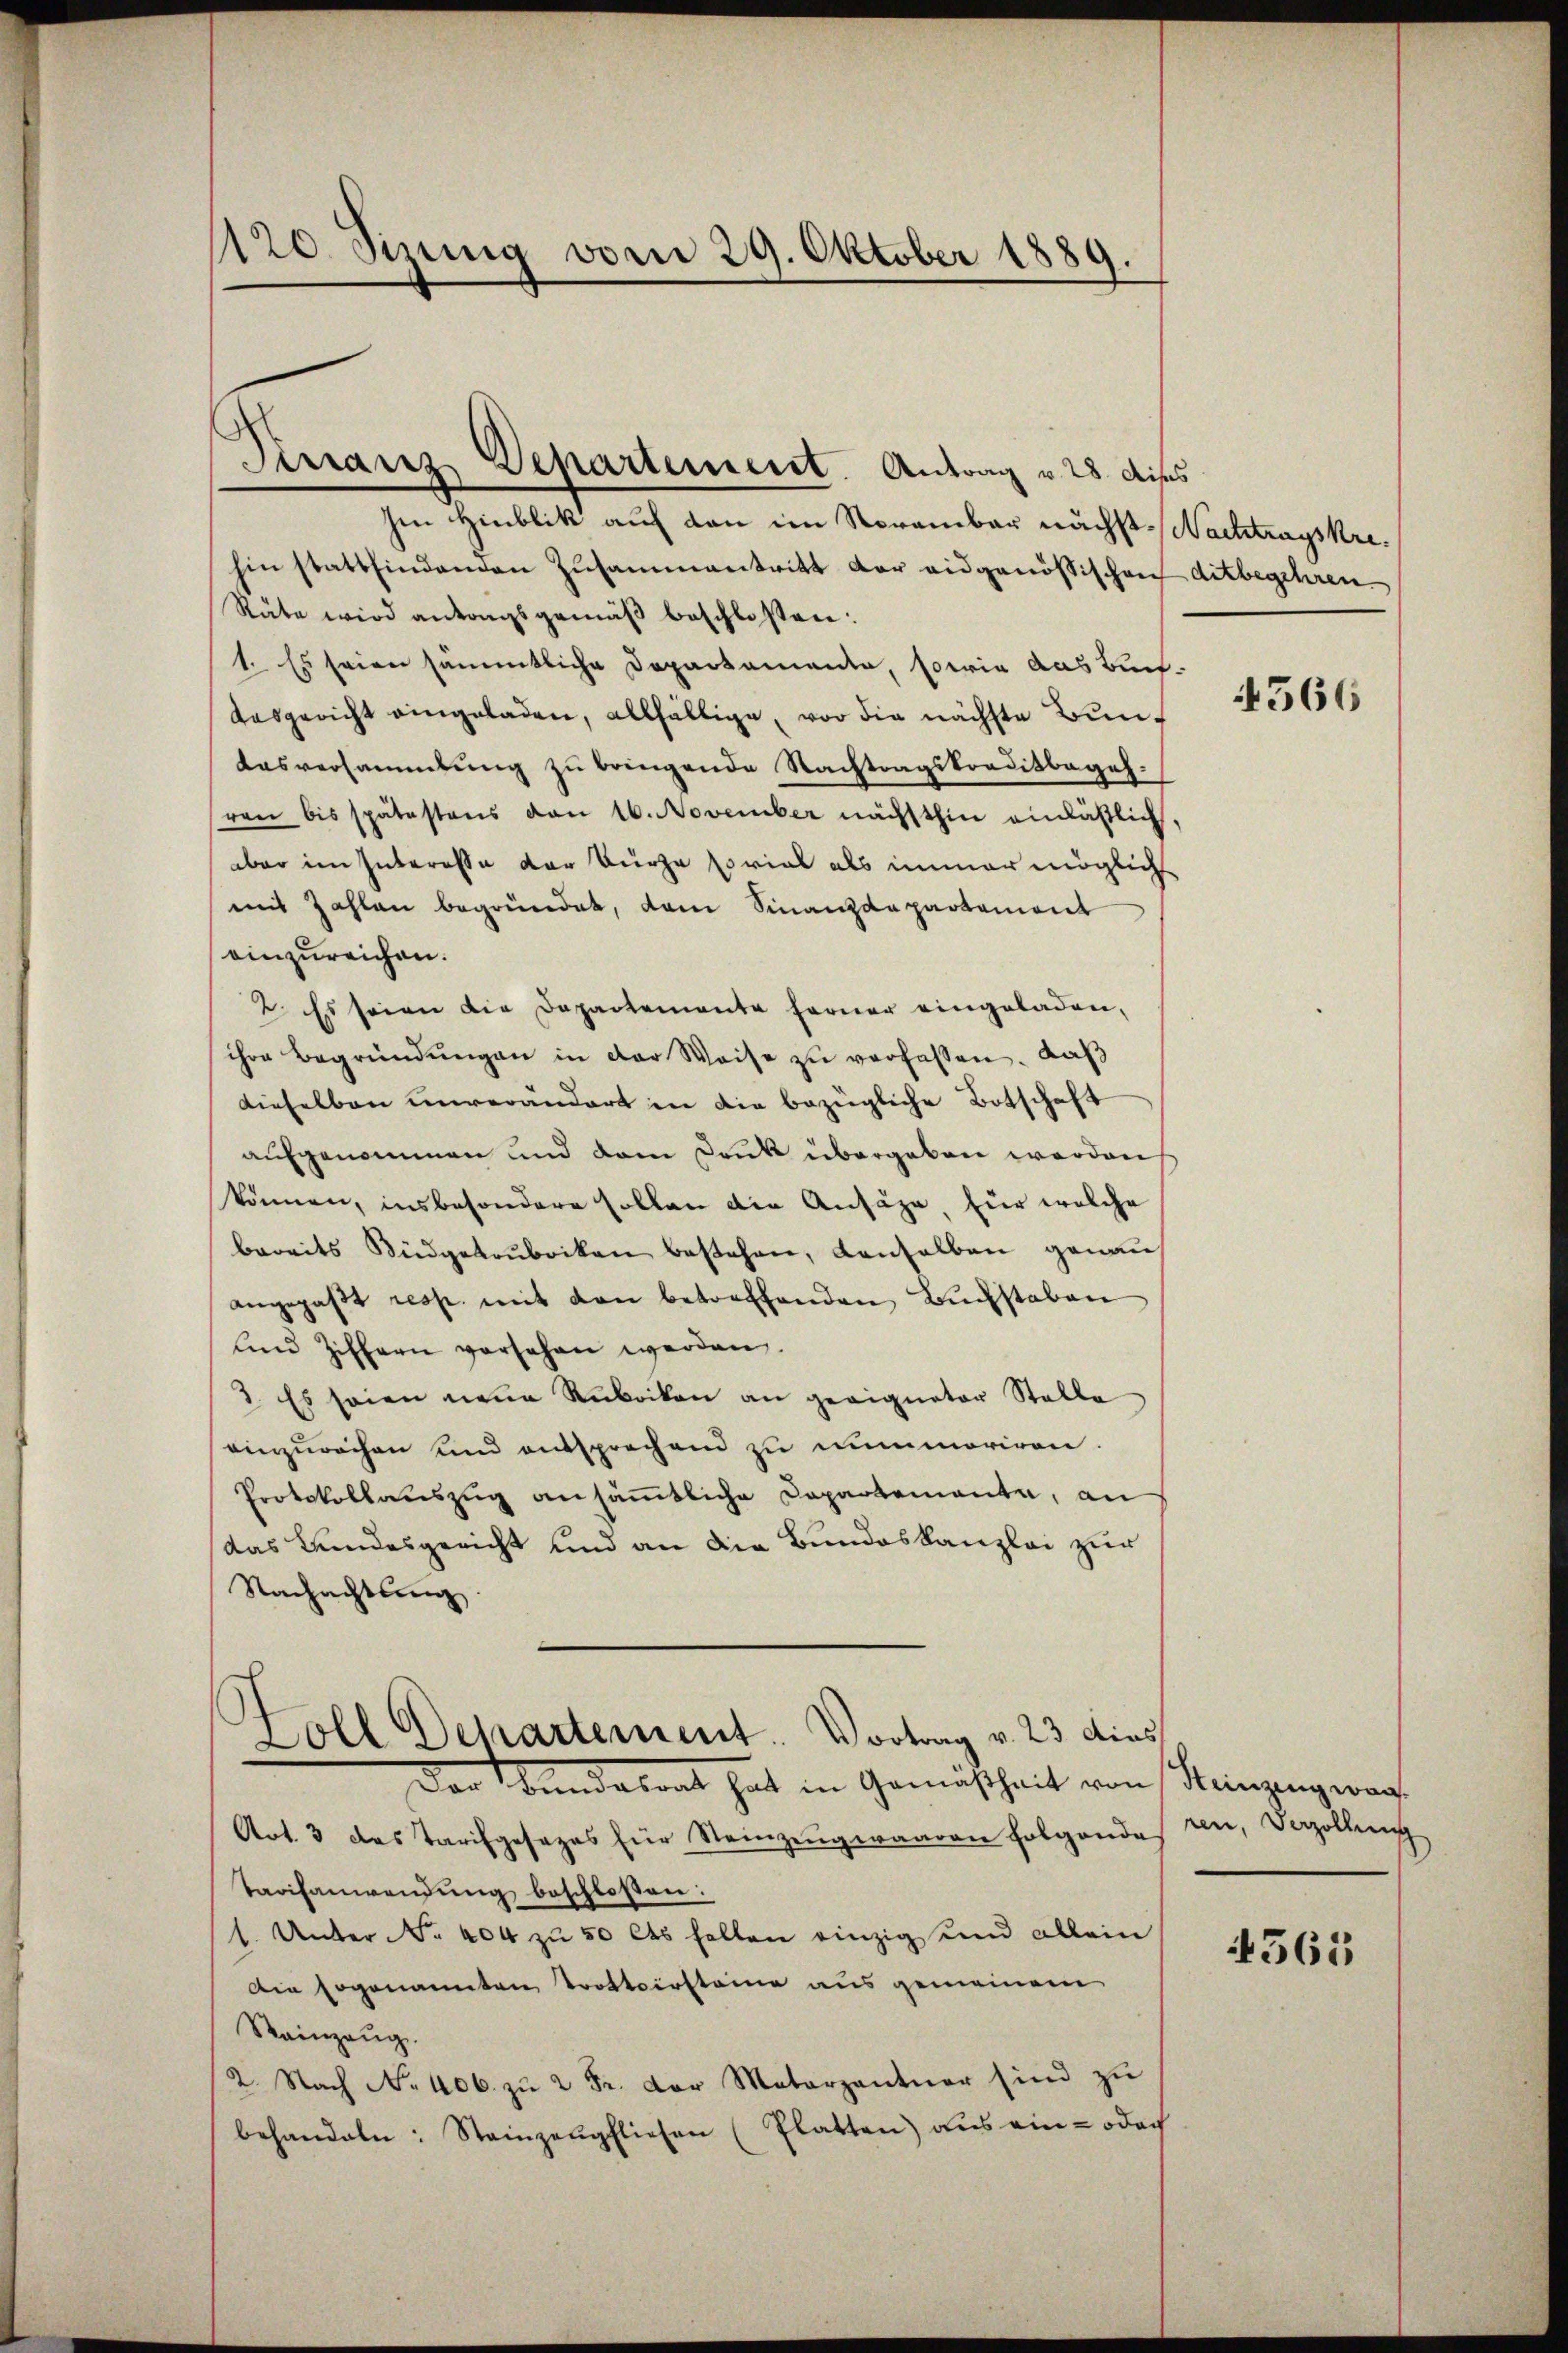
1120. Sinnig vom 29. Oktober 1889.

Pirranz Departement. Antrag v. 28. dieses

hen Hinblik auf den im Noramber nächst Nachtragskre
hin stattfindenden Zusammentritt der eidgenössischen ditbegehren
Räte wird antangsgemäβ beschlossen:
1. Es seien sämmtliche Departemente, sowie das Buch-
aasgericht eingeladen, allfällige, vor die nächste Bun¬
Aasversammlung zu bringende Nachtragskonditbegehren bis spätestens von 16. November nächsthin einläßlich,
aber im Interesse der Bürge soviel als immer möglich
mit Zahlen begründet, dem Finanzdepartement
einzureichen.
2. Es seien die Departemente ferner eingeladen,
ihre Begründŭngen in der Weise zŭ verfassen. Kaß
dieselben unverändert in die bezügliche Botschaft
aufgenommen und dem Druk übergeben werden
können, insbesondere sollen die Ansähe, für welche
bereits Büdgetrubriken bestehen, denselben genauangepaβt resp. mit den betreffenden Buchstaben
und Ziffern vorsehen werden.
2. Es seien neue Rubriken an geeigneter Stelle
einzurechen und entsprechend zu nummoriren.
Protokollauszug ansämmtliche Departemente, an
das Bundesgericht und an die Bundeskanzlei zur
Nachachtung
Zoll Departement. Vortrag v. 23 dies
Der Sandalrat hat in Gemäßheit von
Art. 3 des Tarifgesezes für Steinzeŭgwaaren folgendes ren, Verzolling
Tarifanwendung beschloßen:
1. Unter No. 404 zu 50 Cts Fellen einzig und allein
Die sogenannten Trottoirsteine aus gemeinem
Rainzeug.
2. Nach No. 406. zŭ 2 Fr. der Motorzantner sind zŭ
behandeln: Steinzeŭgfliehen (Platten) aus ein = odoch

566

Heinzing war

4565